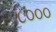
૮૦૦૦